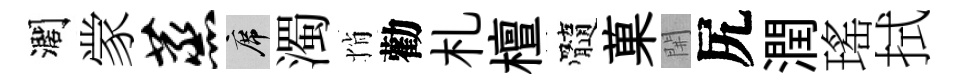
濶䝉蒸席濁悄勸札檀髓菓𨳩尻潤瑤拭